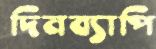
দিনব্যাপি